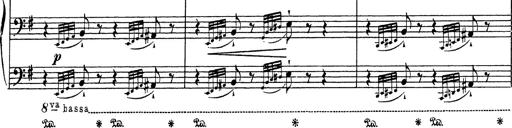
Title: Grosses Konzertsolo
Composer: Franz Liszt